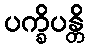
ပက္ခိပန္တိ